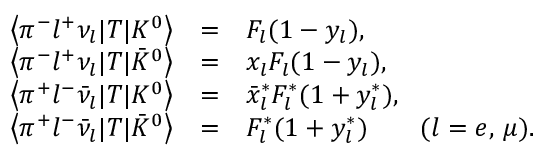
\begin{array} { r c l } { { \left< \pi ^ { - } l ^ { + } \nu _ { l } | T | K ^ { 0 } \right> } } & { { = } } & { { F _ { l } ( 1 - y _ { l } ) , } } \\ { { \left< \pi ^ { - } l ^ { + } \nu _ { l } | T | \bar { K } ^ { 0 } \right> } } & { { = } } & { { x _ { l } F _ { l } ( 1 - y _ { l } ) , } } \\ { { \left< \pi ^ { + } l ^ { - } \bar { \nu } _ { l } | T | K ^ { 0 } \right> } } & { { = } } & { { \bar { x } _ { l } ^ { * } F _ { l } ^ { * } ( 1 + y _ { l } ^ { * } ) , } } \\ { { \left< \pi ^ { + } l ^ { - } \bar { \nu } _ { l } | T | \bar { K } ^ { 0 } \right> } } & { { = } } & { { F _ { l } ^ { * } ( 1 + y _ { l } ^ { * } ) \quad \quad ( l = e , \, \mu ) . } } \end{array}